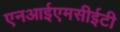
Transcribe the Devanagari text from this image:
एनआईएमसीईटी